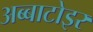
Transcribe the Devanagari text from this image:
अब्बाटोइर